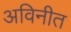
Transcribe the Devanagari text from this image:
अविनीत